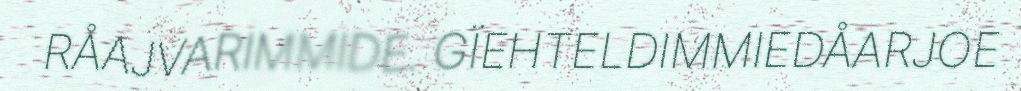
RÅAJVARIMMIDE. GÏEHTELDIMMIEDÅARJOE